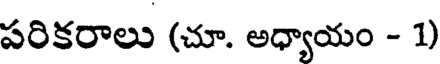
పరికరాలు (చూ. అధ్యాయం - 1)